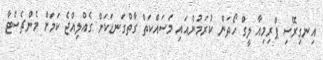
އިނގިރޭސި ޕްރިމިއާ ލީގް ހޯދަން ކުރަމުންއައި މަސައްކަތް ގާތްގަނޑަކަށް ގެއްލިއްޖެ ކަމަށް މެންޗެސްޓާ